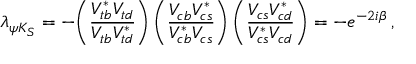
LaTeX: \lambda _ { \psi K _ { S } } = - \bigg ( { \frac { V _ { t b } ^ { * } V _ { t d } } { V _ { t b } V _ { t d } ^ { * } } } \bigg ) \, \bigg ( { \frac { V _ { c b } V _ { c s } ^ { * } } { V _ { c b } ^ { * } V _ { c s } } } \bigg ) \, \bigg ( { \frac { V _ { c s } V _ { c d } ^ { * } } { V _ { c s } ^ { * } V _ { c d } } } \bigg ) = - e ^ { - 2 i \beta } \, ,